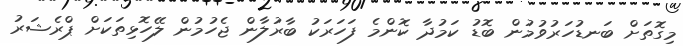
މިގޮތަށް ބަނޑުހަރުވުމުން ބޮޑު ކަމުދާ ކޮންމެ ފަހަރަކު ބާރުލާން ޖެހުމުން ލޭހޮޅިތަކަށް ޕްރެޝަރު